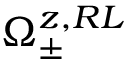
\Omega _ { \pm } ^ { z , R L }